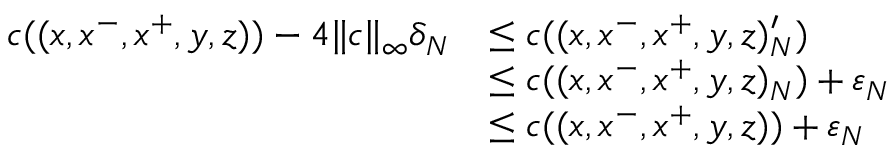
\begin{array} { r l } { c ( ( x , x ^ { - } , x ^ { + } , y , z ) ) - 4 \| c \| _ { \infty } \delta _ { N } } & { \leq c ( ( x , x ^ { - } , x ^ { + } , y , z ) _ { N } ^ { \prime } ) } \\ & { \leq c ( ( x , x ^ { - } , x ^ { + } , y , z ) _ { N } ) + \varepsilon _ { N } } \\ & { \leq c ( ( x , x ^ { - } , x ^ { + } , y , z ) ) + \varepsilon _ { N } } \end{array}